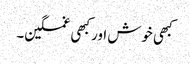
کبھی خوش اور کبھی غمگین۔